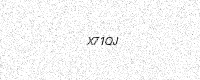
Text: X71QJ